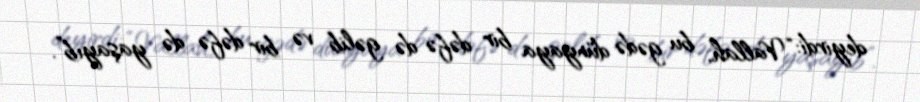
deyirdi: “Vallah, bu gədə dünyaya bir dəfə də gəlib və bir dəfə də yaşayıb”.